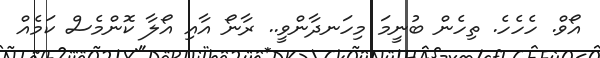
އޯވް. ހެހެހެ. ތިހެން ބުނީމަ މިހަނދާންވީ.. ރާނޯ އާއި އޯލާ ކޮންމެސް ކަމެއް